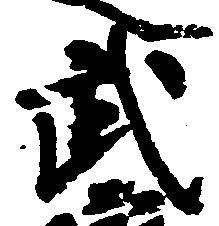
武